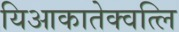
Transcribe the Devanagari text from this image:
यिआकातेक्वत्लि